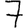
Digit: 7